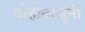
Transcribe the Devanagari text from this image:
चोहोबाजुंनी